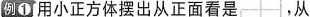
例①用小正方体摆出从正面看是，从